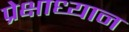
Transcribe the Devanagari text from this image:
प्रेक्षाध्यान